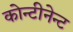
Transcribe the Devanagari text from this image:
कोन्टीनेन्ट